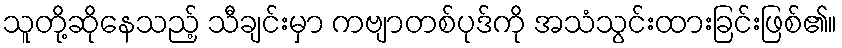
သူတို့ဆိုနေသည့် သီချင်းမှာ ကဗျာတစ်ပုဒ်ကို အသံသွင်းထားခြင်းဖြစ်၏။